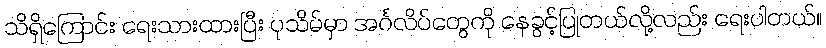
သိရှိကြောင်း ရေးသားထားပြီး ပုသိမ်မှာ အင်္ဂလိပ်တွေကို နေခွင့်ပြုတယ်လို့လည်း ရေးပါတယ်။